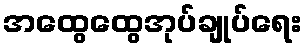
အထွေထွေအုပ်ချုပ်ရေး